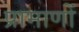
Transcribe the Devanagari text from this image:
प्रामाणों